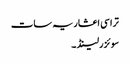
تراسی اعشاریہ سات
سوئزرلینڈ ۔